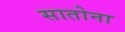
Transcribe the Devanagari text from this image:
सातोना